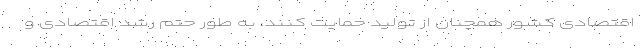
اقتصادی کشور همچنان از تولید حمایت کنند، به طور حتم رشد اقتصادی و